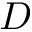
D